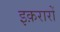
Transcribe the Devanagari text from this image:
इक़रारों